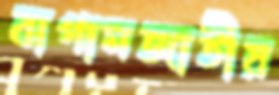
বাগামজাতীয়